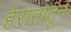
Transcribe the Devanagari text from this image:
हेरातातून